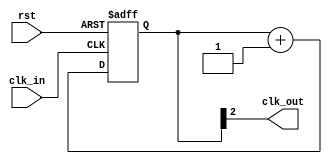
`timescale 1ns / 1ps
//////////////////////////////////////////////////////////////////////////////////
// Company: 
// Engineer: 
// 
// Design Name: 
// Module Name: clk_div
// Project Name: 
// Target Devices: 
// Tool Versions: 
// Description: 
// 
// Dependencies: 
// 
// Revision:
// Revision 0.01 - File Created
// Additional Comments:
// 
//////////////////////////////////////////////////////////////////////////////////


module CLK_DIV(
input clk_in,
input rst,
output clk_out
);
   reg [2:0]counter;
        always @ (posedge clk_in or posedge rst)begin
            if(rst)
                counter<=0;
            else 
                counter<=counter+1'b1;
        end
        assign clk_out=counter[2];
endmodule